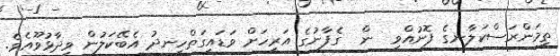
ތިމަންރަސްކަލާނގެ ފޮނުއްވި  ން  ގެފާނުގެ އަރިހަށް ވަޑައިގަތްހިނދު އެބޭކަލުން ވިދާޅުވޫއެވެ.